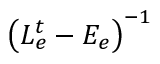
\left( \boldsymbol { L _ { e } ^ { t } } - \boldsymbol { E _ { e } } \right) ^ { - 1 }